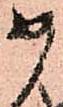
如